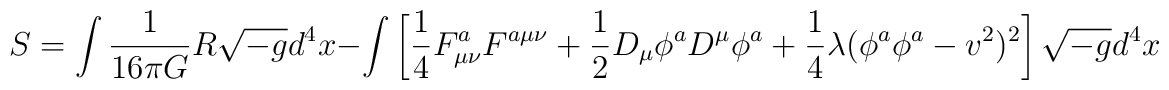
S= \int \frac{1}{16\pi G}R\sqrt{-g} d^4x - \int  \left[ \frac{1}{4} F_{\mu\nu}^a F^{a\mu\nu}       + \frac{1}{2} D_\mu \phi^a D^\mu \phi^a      + \frac{1}{4} \lambda (\phi^a \phi^a - v^2)^2 \right]\sqrt{-g} d^4x\